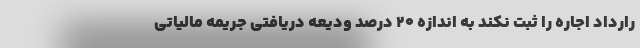
رارداد اجاره را ثبت نکند به اندازه ۲۰ درصد ودیعه دریافتی جریمه مالیاتی